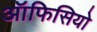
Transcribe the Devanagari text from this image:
ऑफिसियो